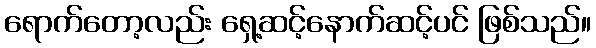
ရောက်တော့လည်း ရှေ့ဆင့်နောက်ဆင့်ပင် ဖြစ်သည်။